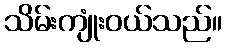
သိမ်းကျုံးဝယ်သည်။